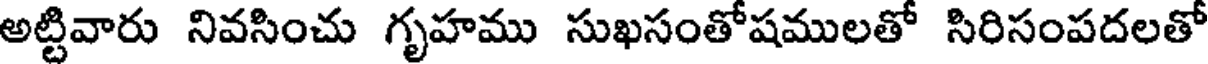
అట్టివారు నివసించు గృహము సుఖసంతోషములతో సిరిసంపదలతో